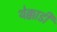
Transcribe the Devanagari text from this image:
थेक्काडी